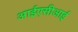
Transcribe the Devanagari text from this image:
आईएसीआई